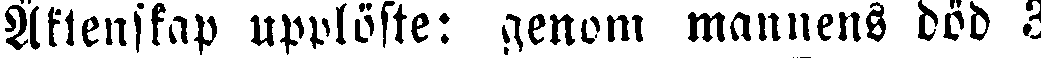
Äktenskap upplöste: genom mannens död 3